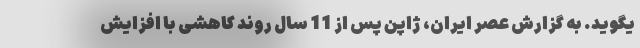
یگوید. به گزارش عصر ایران، ژاپن پس از 11 سال روند کاهشی با افزایش